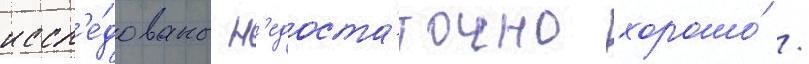
иссл'е́дованы н'едоста́точно хорошо́ /